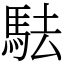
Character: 䮃